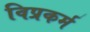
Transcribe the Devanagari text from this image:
विप्रकर्म